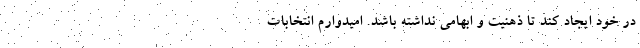
در خود ایجاد کند تا ذهنیت و ابهامی نداشته باشد. امیدوارم انتخابات